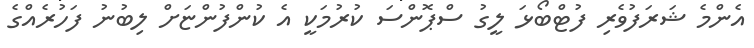
އެންމެ ޝަރަފުވެރި ފުޓްބޯޅަ ލީގު ސްޕޮންސަ ކުރުމަކީ އެ ކުންފުންޏަށް ލިބުނު ފަހުރެއްގެ